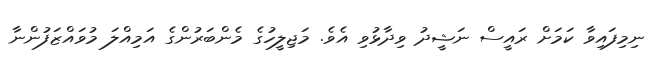
ނިމިފައިވާ ކަމަށް ރައީސް ނަޝީދު ވިދާޅުވި އެވެ. މަޖިލީހުގެ މެންބަރުންގެ އަމިއްލަ މުވައްޒަފުންނާ